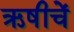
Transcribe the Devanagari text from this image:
ऋषीचें